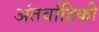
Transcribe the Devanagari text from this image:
अंतर्वाहिकी